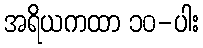
အရိယကထာ ၁၀-ပါး